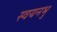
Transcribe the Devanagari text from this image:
स्वयनभु